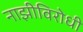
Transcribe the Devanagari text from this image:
नाझीविरोधी